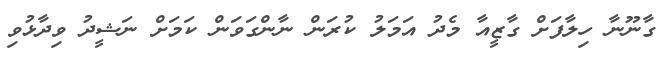
ގާނޫނާ ހިލާފަށް ގާޒީއާ މެދު އަމަލު ކުރަން ނާންގަވަން ކަމަށް ނަޝީދު ވިދާޅުވި